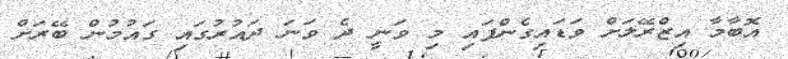
އޮބާމާ އިޒްރޭލަށް ވަޑައިގެންފައި މި ވަނީ ދެ ވަނަ ދައުރުގައި ގައުމުން ބޭރަށް